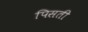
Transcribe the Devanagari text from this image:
पिसती